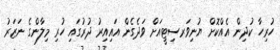
ހުރިހާ ކުދިން އެއްކޮށް ޔުނިވަރސިޓީއަށް ވަދެގެން އައިއިރު ދުރުގައި ހުރި މިލާންގެ ނަޒަރު